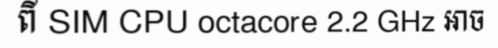
ពី SIM CPU octacore 2.2 GHz អាច